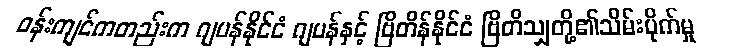
ဝန်းကျင်ကတည်းက ဂျပန်နိုင်ငံ ဂျပန်နှင့် ဗြိတိန်နိုင်ငံ ဗြိတိသျှတို့၏သိမ်းပိုက်မှု